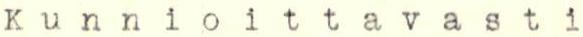
Kunnioittavasti